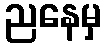
ညနေမှ